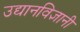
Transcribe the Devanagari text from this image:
उद्यानविज्ञानी